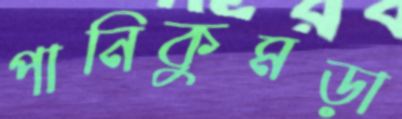
পানিকুমড়া